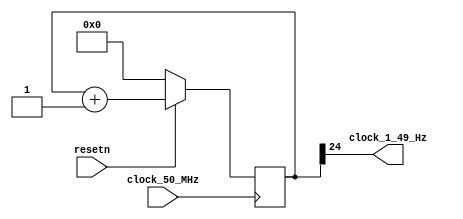
module clock_divider_50_MHz_to_1_49_Hz
(
    input  clock_50_MHz,
    input  resetn,
    output clock_1_49_Hz
);

    // 50 MHz / 2 ** 25 = 1.49 Hz

    reg [24:0] counter;

    always @ (posedge clock_50_MHz)
    begin
        if (! resetn)
            counter <= 0;
        else
            counter <= counter + 1;
    end

    assign clock_1_49_Hz = counter [24];

endmodule

//--------------------------------------------------------------------

module shift_register_with_enable
(
    input             clock,
    input             resetn,
    input             in,
    input             enable,
    output            out,
    output reg [17:0] data
);

    always @ (posedge clock or negedge resetn)
    begin
        if (! resetn)
            data <= 18'b10_0000_0000_0000_0000;
        else if (enable)
            data <= { in, data [17:1] };
    end
    
    assign out = data [0];

endmodule

//--------------------------------------------------------------------

module single_digit_display
(
    input      [3:0] digit,
    output reg [6:0] seven_segments
);

    always @*
        case (digit)
        'h0: seven_segments = 'b1000000;  // a b c d e f g
        'h1: seven_segments = 'b1111001;
        'h2: seven_segments = 'b0100100;  //   --a--
        'h3: seven_segments = 'b0110000;  //  |     |
        'h4: seven_segments = 'b0011001;  //  f     b
        'h5: seven_segments = 'b0010010;  //  |     |
        'h6: seven_segments = 'b0000010;  //   --g--
        'h7: seven_segments = 'b1111000;  //  |     |
        'h8: seven_segments = 'b0000000;  //  e     c
        'h9: seven_segments = 'b0011000;  //  |     |
        'ha: seven_segments = 'b0001000;  //   --d-- 
        'hb: seven_segments = 'b0000011;
        'hc: seven_segments = 'b1000110;
        'hd: seven_segments = 'b0100001;
        'he: seven_segments = 'b0000110;
        'hf: seven_segments = 'b0001110;
        endcase

endmodule

//--------------------------------------------------------------------

module de2_115_user
(
    input         CLOCK_50,
    input  [ 3:0] KEY,
    input  [17:0] SW,
    output [ 8:0] LEDG,
    output [17:0] LEDR,
    output [ 6:0] HEX0,
    output [ 6:0] HEX1,
    output [ 6:0] HEX2,
    output [ 6:0] HEX3,
    output [ 6:0] HEX4,
    output [ 6:0] HEX5,
    output [ 6:0] HEX6,
    output [ 6:0] HEX7
);

    wire clock;
    wire resetn = KEY [3];

    clock_divider_50_MHz_to_1_49_Hz clock_divider_50_MHz_to_1_49_Hz
    (
        .clock_50_MHz  (CLOCK_50),
        .resetn        (resetn),
        .clock_1_49_Hz (clock)
    );

    shift_register_with_enable shift_register_with_enable
    (
        .clock      (   clock    ),
        .resetn     (   resetn   ),
        .in         ( ~ KEY  [2] ),
        .enable     (   KEY  [1] ),
        .out        (   LEDG [7] ),
        .data       (   LEDR     )
    );

    single_digit_display digit_0
    (
        .digit          ( LEDR [ 3: 0] ),
        .seven_segments ( HEX0         )
    );

    single_digit_display digit_1
    (
        .digit          ( LEDR [ 7: 4] ),
        .seven_segments ( HEX1         )
    );

    single_digit_display digit_2
    (
        .digit          ( LEDR [11: 8] ),
        .seven_segments ( HEX2         )
    );

    single_digit_display digit_3
    (
        .digit          ( LEDR [15:12] ),
        .seven_segments ( HEX3         )
    );

    single_digit_display digit_4
    (
        .digit          ( { 2'b0 , LEDR [17:16] } ),
        .seven_segments ( HEX4                    )
    );

    assign LEDG [6:0] = 7'b111_1111;
    assign HEX5       = 7'h7f;
    assign HEX6       = 7'h7f;
    assign HEX7       = 7'h7f;

endmodule